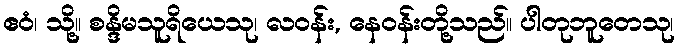
ဧဝံ၊ သို့။ စန္ဒိမသူရိယေသု၊ လဝန်း, နေဝန်းတို့သည်။ ပါတုဘူတေသု၊